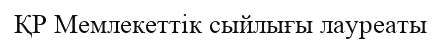
ҚР Мемлекеттік сыйлығы лауреаты